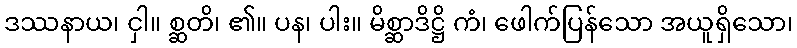
ဒဿနာယ၊ ငှါ။ စ္ဆတိ၊ ၏။ ပန၊ ပါး။ မိစ္ဆာဒိဋ္ဌိ ကံ၊ ဖေါက်ပြန်သော အယူရှိသော၊